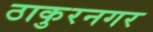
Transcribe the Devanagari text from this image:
ठाकुरनगर